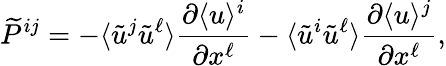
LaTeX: \widetilde{P}^{ij}=-\langle{\tilde{u}^{j}\tilde{u}^{\ell}}\rangle\frac{\partial\langle{u}\rangle^{i}}{\partial x^{\ell}}-\langle{\tilde{u}^{i}\tilde{u}^{\ell}}\rangle\frac{\partial\langle{u}\rangle^{j}}{\partial x^{\ell}},